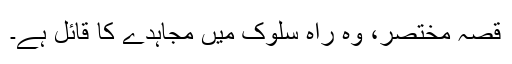
قصہ مختصر، وہ راہ سلوک میں مجاہدے کا قائل ہے۔